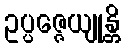
ဥပ္ပဇ္ဇေယျုန္တိ